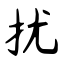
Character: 扰